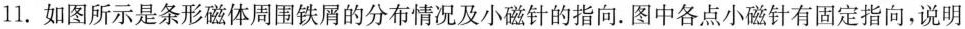
11.如图所示是条形磁体周围铁屑的分布情况及小磁针的指向。图中各点小磁针有固定指向，说明